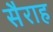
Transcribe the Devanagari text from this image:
सैराह